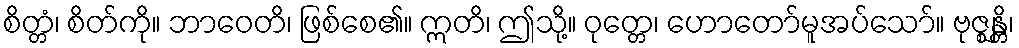
စိတ္တံ၊ စိတ်ကို။ ဘာဝေတိ၊ ဖြစ်စေ၏။ ဣတိ၊ ဤသို့။ ဝုတ္တေ၊ ဟောတော်မူအပ်သော်။ ဗုဇ္ဈန္တိ၊